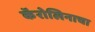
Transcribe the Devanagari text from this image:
कॅरोलिनाचा